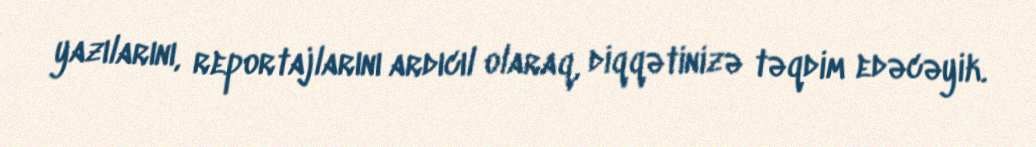
yazılarını, reportajlarını ardıcıl olaraq, diqqətinizə təqdim edəcəyik.